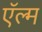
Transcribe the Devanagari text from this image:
ऍल्म